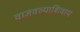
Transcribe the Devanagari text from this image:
वाजवल्याशिवाय